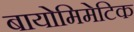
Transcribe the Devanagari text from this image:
बायोमिमेटिक